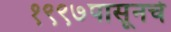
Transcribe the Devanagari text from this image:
१९९७पासूनचे